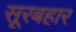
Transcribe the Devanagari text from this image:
सूरबहार